Lunatic asylums Central Provinces reports 1874-1885 - 1874-1885
Year: 1874
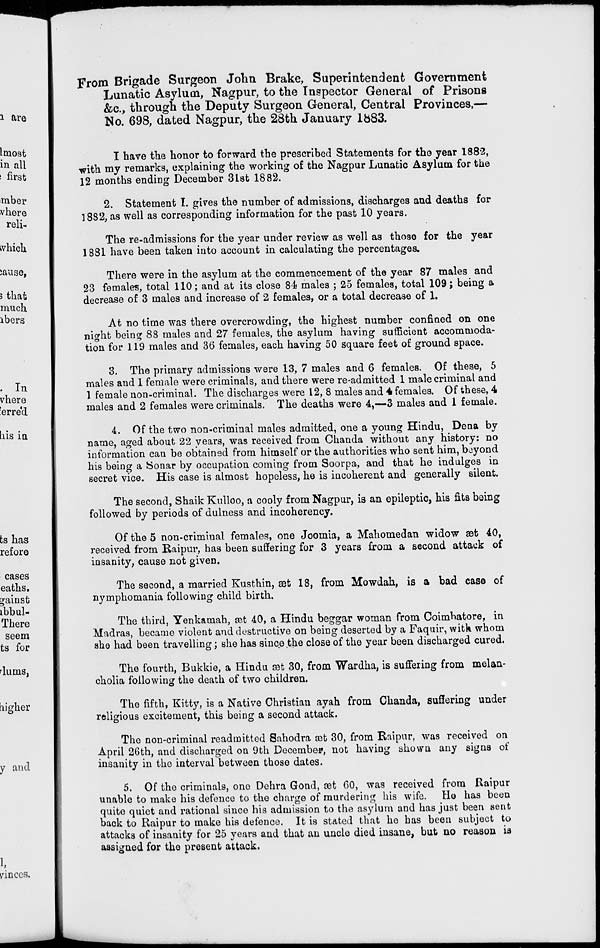
From Brigade Surgeon John Brake, Superintendent Government
Lunatic Asylum, Nagpur, to the Inspector General of Prisons
&c., through the Deputy Surgeon General, Central Provinces,—
No. 698, dated Nagpur, the 28th January 1883.
I have the honor to forward the prescribed Statements for the year 1882,
with my remarks, explaining the working of the Nagpur Lunatic Asylum for the
12 months ending December 31st 1882.
2. Statement I. gives the number of admissions, discharges and deaths for
1882, as well as corresponding information for the past 10 years.
The re-admissions for the year under review as well as those for the year
1881 have been taken into account in calculating the percentages.
There were in the asylum at the commencement of the year 87 males and
23 females, total 110; and at its close 84 males ; 25 females, total 109; being a
decrease of 3 males and increase of 2 females, or a total decrease of 1.
At no time was there overcrowding, the highest number confined on one
night being 88 males and 27 females, the asylum having sufficient accommoda-
tion for 119 males and 36 females, each having 50 square feet of ground space.
3. The primary admissions were 13, 7 males and 6 females. Of these, 5
males and 1 female were criminals, and there were re-admitted 1 male criminal and
1 female non-criminal. The discharges were 12, 8 males and 4 females. Of these, 4
males and 2 females were criminals. The deaths were 4,—3 males and 1 female.
4. Of the two non-criminal males admitted, one a young Hindu, Dena by
name, aged about 22 years, was received from Chanda without any history: no
information can be obtained from himself or the authorities who sent him, beyond
his being a Sonar by occupation coming from Soorpa, and that he indulges in
secret vice. His case is almost hopeless, he is incoherent and generally silent.
The second, Shaik Kulloo, a cooly from Nagpur, is an epileptic, his fits being
followed by periods of dulness and incoherency.
Of the 5 non-criminal females, one Joomia, a Mahomedan widow æt 40,
received from Raipur, has been suffering for 3 years from a second attack of
insanity, cause not given.
The second, a married Kusthin, æt 18, from Mowdah, is a bad case of
nymphomania following child birth.
The third, Yenkamah, æt 40, a Hindu beggar woman from Coimbatore, in
Madras, became violent and destructive on being deserted by a Faquir, with whom
she had been travelling ; she has since the close of the year been discharged cured.
The fourth, Bukkie, a Hindu æt 30, from Wardha, is suffering from melan-
cholia following the death of two children.
The fifth, Kitty, is a Native Christian ayah from Chanda, suffering under
religious excitement, this being a second attack.
The non-criminal readmitted Sahodra æt 30, from Raipur, was received on
April 26th, and discharged on 9th December, not having shown any signs of
insanity in the interval between those dates.
5. Of the criminals, one Dehra Gond, æt 60, was received from Raipur
unable to make his defence to the charge of murdering his wife. He has been
quite quiet and rational since his admission to the asylum and has just been sent
back to Raipur to make his defence. It is stated that he has been subject to
attacks of insanity for 25 years and that an uncle died insane, but no reason is
assigned for the present attack.